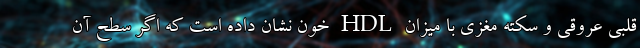
قلبی عروقی و سکته مغزی با میزان HDL خون نشان داده است که اگر سطح آن